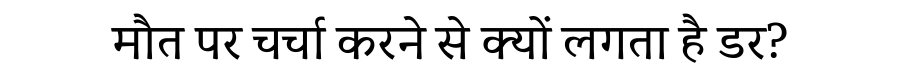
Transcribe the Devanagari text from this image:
मौत पर चर्चा करने से क्यों लगता है डर?